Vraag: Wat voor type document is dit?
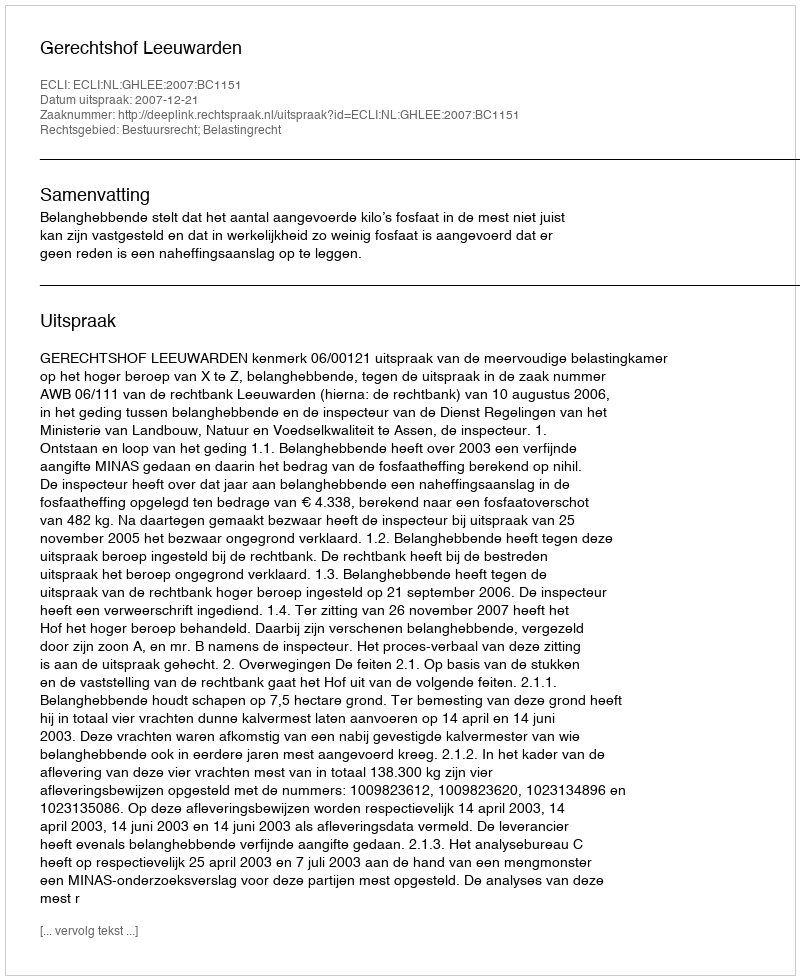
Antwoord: Uitspraak